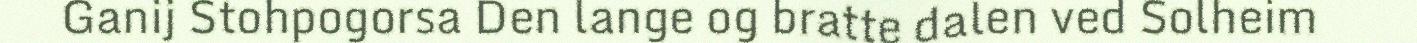
Ganij Stohpogorsa Den lange og bratte dalen ved Solheim